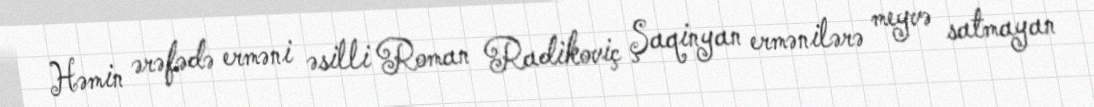
Həmin ərəfədə erməni əsilli Roman Radikoviç Şaqinyan ermənilərə meyvə satmayan